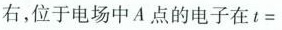
右，位于电场中A点的电子在$$t =